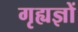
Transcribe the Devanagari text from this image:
गृह्यज्ञों